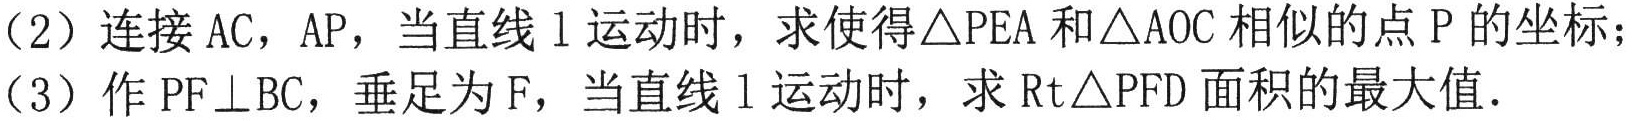
（2）连接\(AC\)，\(AP\)，当直线\(l\)运动时，求使得\(\triangle PEA\)和\(\triangle AOC\)相似的点\(P\)的坐标；
（3）作\(PF\perp BC\)，垂足为\(F\)，当直线\(l\)运动时，求\(\text{Rt}\triangle PFD\)面积的最大值.